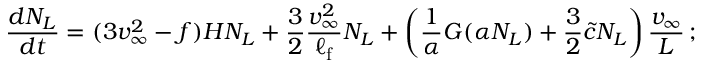
\frac { d N _ { L } } { d t } = ( 3 v _ { \infty } ^ { 2 } - f ) H N _ { L } + \frac { 3 } { 2 } \frac { v _ { \infty } ^ { 2 } } { \ell _ { \mathrm { f } } } N _ { L } + \left( \frac { 1 } { \alpha } G ( \alpha N _ { L } ) + \frac { 3 } { 2 } { \tilde { c } } N _ { L } \right) \frac { v _ { \infty } } { L } \, ;